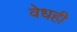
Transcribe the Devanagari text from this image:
वेधही